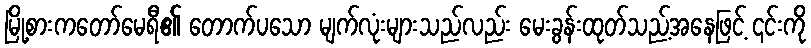
မြို့စားကတော်မေရီ၏ တောက်ပသော မျက်လုံးများသည်လည်း မေးခွန်းထုတ်သည့်အနေဖြင့် ၎င်းကို